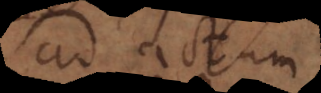
ad actum